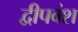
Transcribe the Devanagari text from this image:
द्वीपवंश